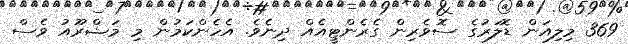
369 މިލިއަން ޑޮލަރުގެ ސޮވެރިން ގެރެންޓީއެއް ދިނެވެ. އެހެންކަމުން މި މަޝްރޫއު ވެސް